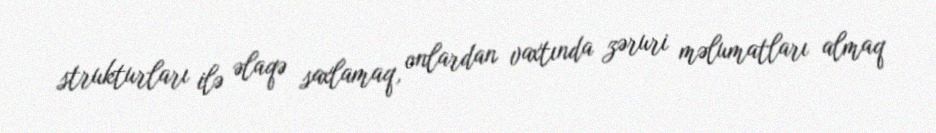
strukturları ilə əlaqə saxlamaq, onlardan vaxtında zəruri məlumatları almaq